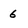
Character: 6